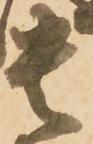
貴